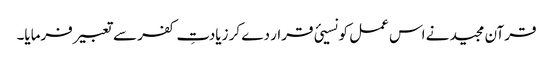
قرآن مجید نے اس عمل کو نسیئ قرار دے کر زیادتِ کفر سے تعبیر فرمایا۔